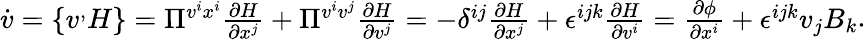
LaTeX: \begin{array}{r}{\dot{v}=\{ v^,H\} =\Pi^{v^{i}x^{i}}\frac{\partial H}{\partial x^{j}}+\Pi^{v^{i}v^{j}}\frac{\partial H}{\partial v^{j}}=-\delta^{ij}\frac{\partial H}{\partial x^{j}}+\epsilon^{ijk}\frac{\partial H}{\partial v^{i}}=\frac{\partial\phi}{\partial x^{i}}+\epsilon^{ijk}v_{j}B_{k}}\end{array}.